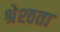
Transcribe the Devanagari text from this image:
श्रेश्ठता